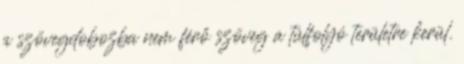
a szövegdobozba nem férő szöveg a túlfolyó területre kerül.